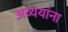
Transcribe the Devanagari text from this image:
अव्ययांना